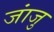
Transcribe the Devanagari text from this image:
जांजु